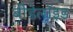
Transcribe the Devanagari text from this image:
बीडेलॉइड